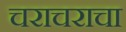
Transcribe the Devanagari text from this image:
चराचराचा